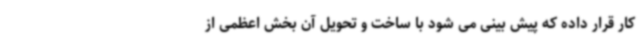
کار قرار داده که پیش بینی می شود با ساخت و تحویل آن بخش اعظمی از